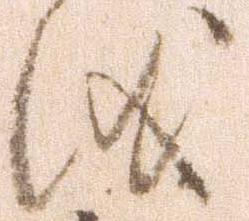
儀